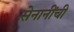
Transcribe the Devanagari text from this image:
सेनानींची